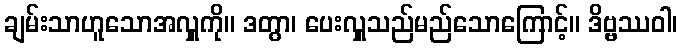
ချမ်းသာဟူသောအလှူကို။ ဒတွာ၊ ပေးလှူသည်မည်သောကြောင့်။ ဒိဗ္ဗဿဝါ၊